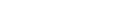
-